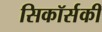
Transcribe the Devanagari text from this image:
सिकॉर्सकी